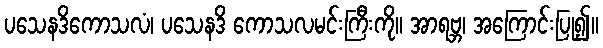
ပသေနဒိကောသလံ၊ ပသေနဒိ ကောသလမင်းကြီးကို။ အာရဗ္ဘ၊ အကြောင်းပြု၍။